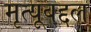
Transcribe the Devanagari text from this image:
मृत्यूबद्दल